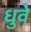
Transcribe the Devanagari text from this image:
धुवे